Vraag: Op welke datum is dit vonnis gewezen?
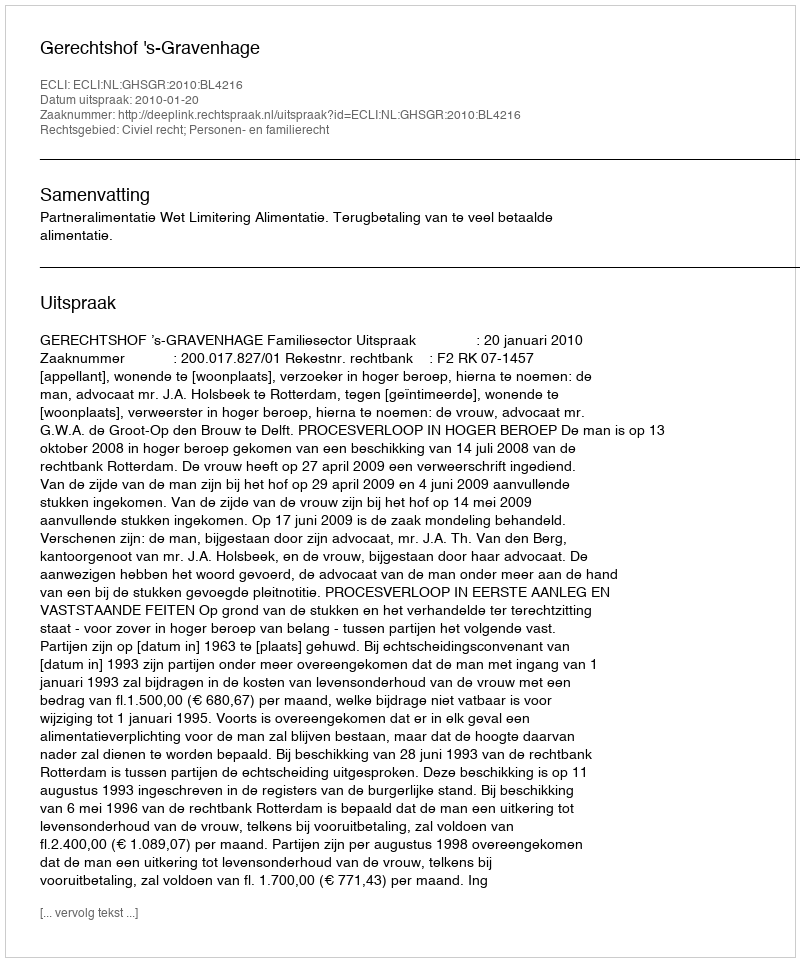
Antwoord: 2010-01-20